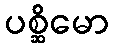
ပစ္ဆိမော